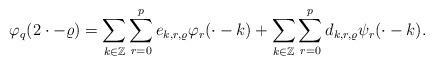
LaTeX: \begin{align*}\varphi_{q} (2 \cdot - \varrho ) = \sum_{k \in \mathbb{Z}} \sum_{r = 0}^{p} e_{k,r,\varrho} \varphi_{r} ( \cdot - k ) + \sum_{k \in \mathbb{Z}} \sum_{r = 0}^{p} d_{k,r, \varrho} \psi_{r} ( \cdot - k ) .\end{align*}